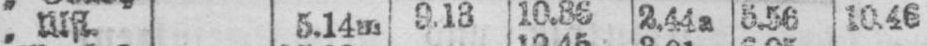
2.44a 5.56 10.46